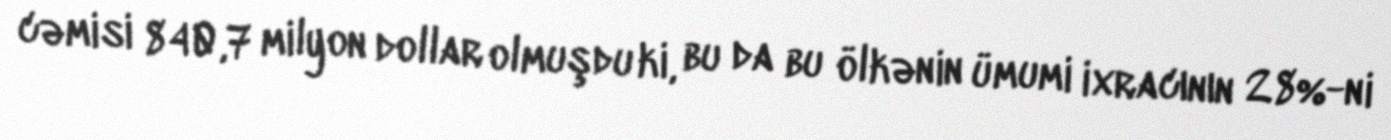
cəmisi 840,7 milyon dollar olmuşdu ki, bu da bu ölkənin ümumi ixracının 28%-ni